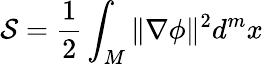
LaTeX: {\mathcal{S}}={\frac{1}{2}}\int_{M}\Vert\nabla\phi\Vert^{2}d^{m}x